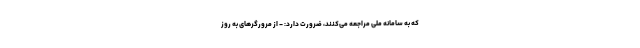
که به سامانه ملی مراجعه می‌کنند، ضرورت دارد: - از مرورگرهای به روز